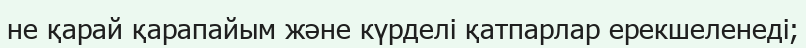
не қарай қарапайым және күрделі қатпарлар ерекшеленеді;